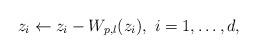
LaTeX: \begin{align*}z_i\leftarrow z_i-W_{p,l}(z_i),~i=1,\dots,d,\end{align*}